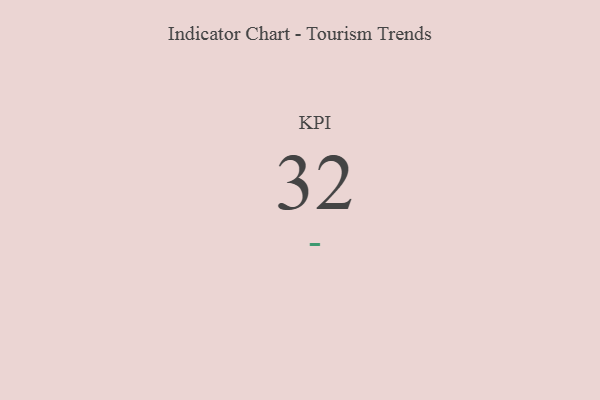
{"axis": {"x": "KPI", "y": "Value"}, "legend": [""], "data": [{"x": "KPI", "y": 32, "type": ""}]}